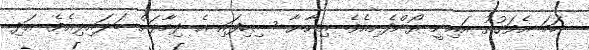
ހަމަ އެވަގުތު އައިނީ ރޯންފެށިއެވެ. އިނާޔާ ސިހިފައި އެ ދިމާލަށް ބަލައިލިއެވެ. އަދި